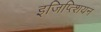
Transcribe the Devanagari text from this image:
इजिप्त्शियन